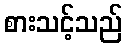
စားသင့်သည်